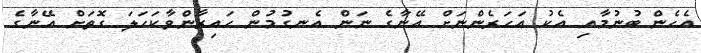
އެހެން ބުނުމާއި އެކު އަހަރެންނަށް އޭނާގެ ނަން އެނގުމުން ހައިރާންވާކަހަލަ ގޮތަށް އޭނާގެ